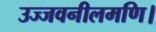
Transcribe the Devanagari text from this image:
उज्जवनीलमणि।